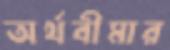
অর্থবীমার